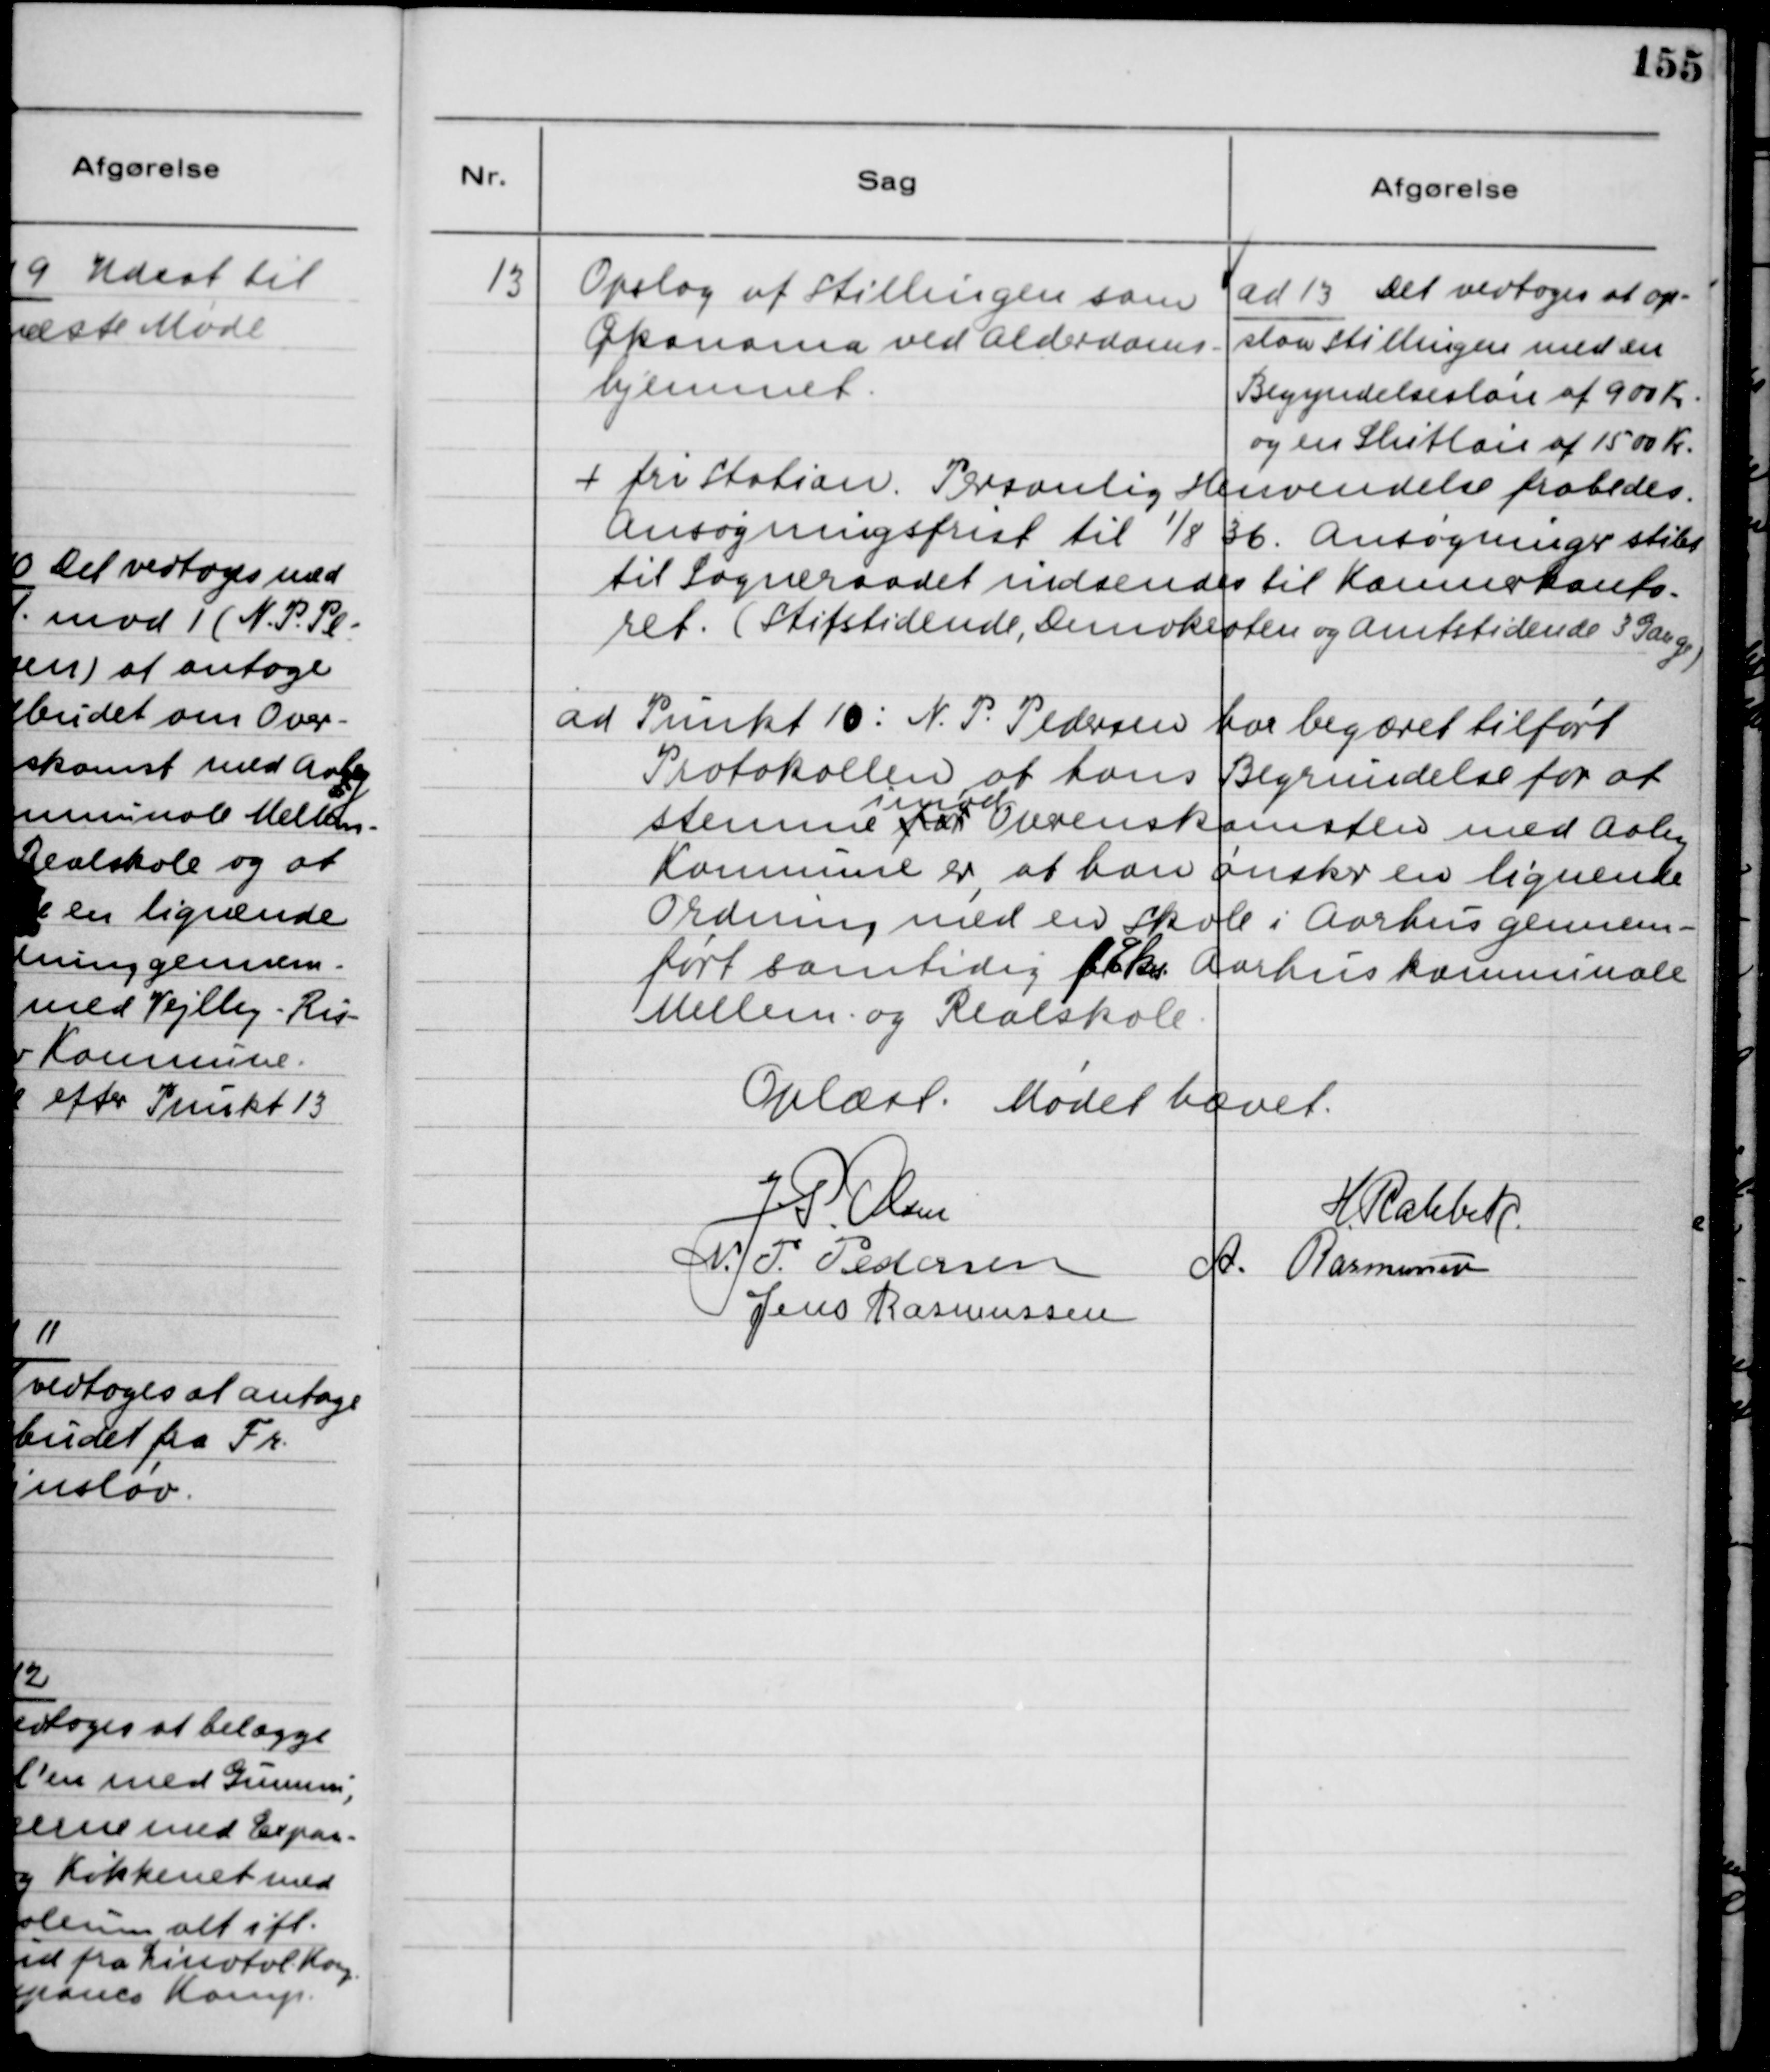
Transskription:
13
Opslag af Stillingen som
Økonoma ved Alderdoms-
hjemmet.
ad 13 Det vedtoges at op-
slaa stillingen med en
Begyndelsesløn af 900 Kr.
og en Slutløn af 1500 Kr.
+ fri Station. Personlig Henvendelse frabedes.
Ansøgningsfrist til 1/8 36. Ansøgninger stiles
til Sogneraadet indsendes til Kommunekonto-
ret. (Stiftstidende, Demokraten og Amtstidende 3 Gange)
ad Punkt 10: N.P. Pedersen har begæret tilført
Protokollen, at hans Begrundelse for at
stemme
for
i mod
Overenskomsten med Aaby
Kommune er, at han ønsker en lignende
Ordning med en Skole i Aarhus gennem-
ført samtidig forEks. Aarhus Kommunale
Mellem og Realskole
Oplæst. Mødet hævet.
JP Olsen
H.Rahbek
N.P. Pedersen
A. Rasmussen
Jens Rasmussen